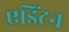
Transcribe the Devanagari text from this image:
एडिंटन